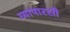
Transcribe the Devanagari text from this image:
व्यापारसी